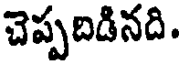
చెప్పదిడినది.